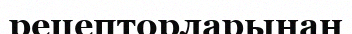
рецепторларынан